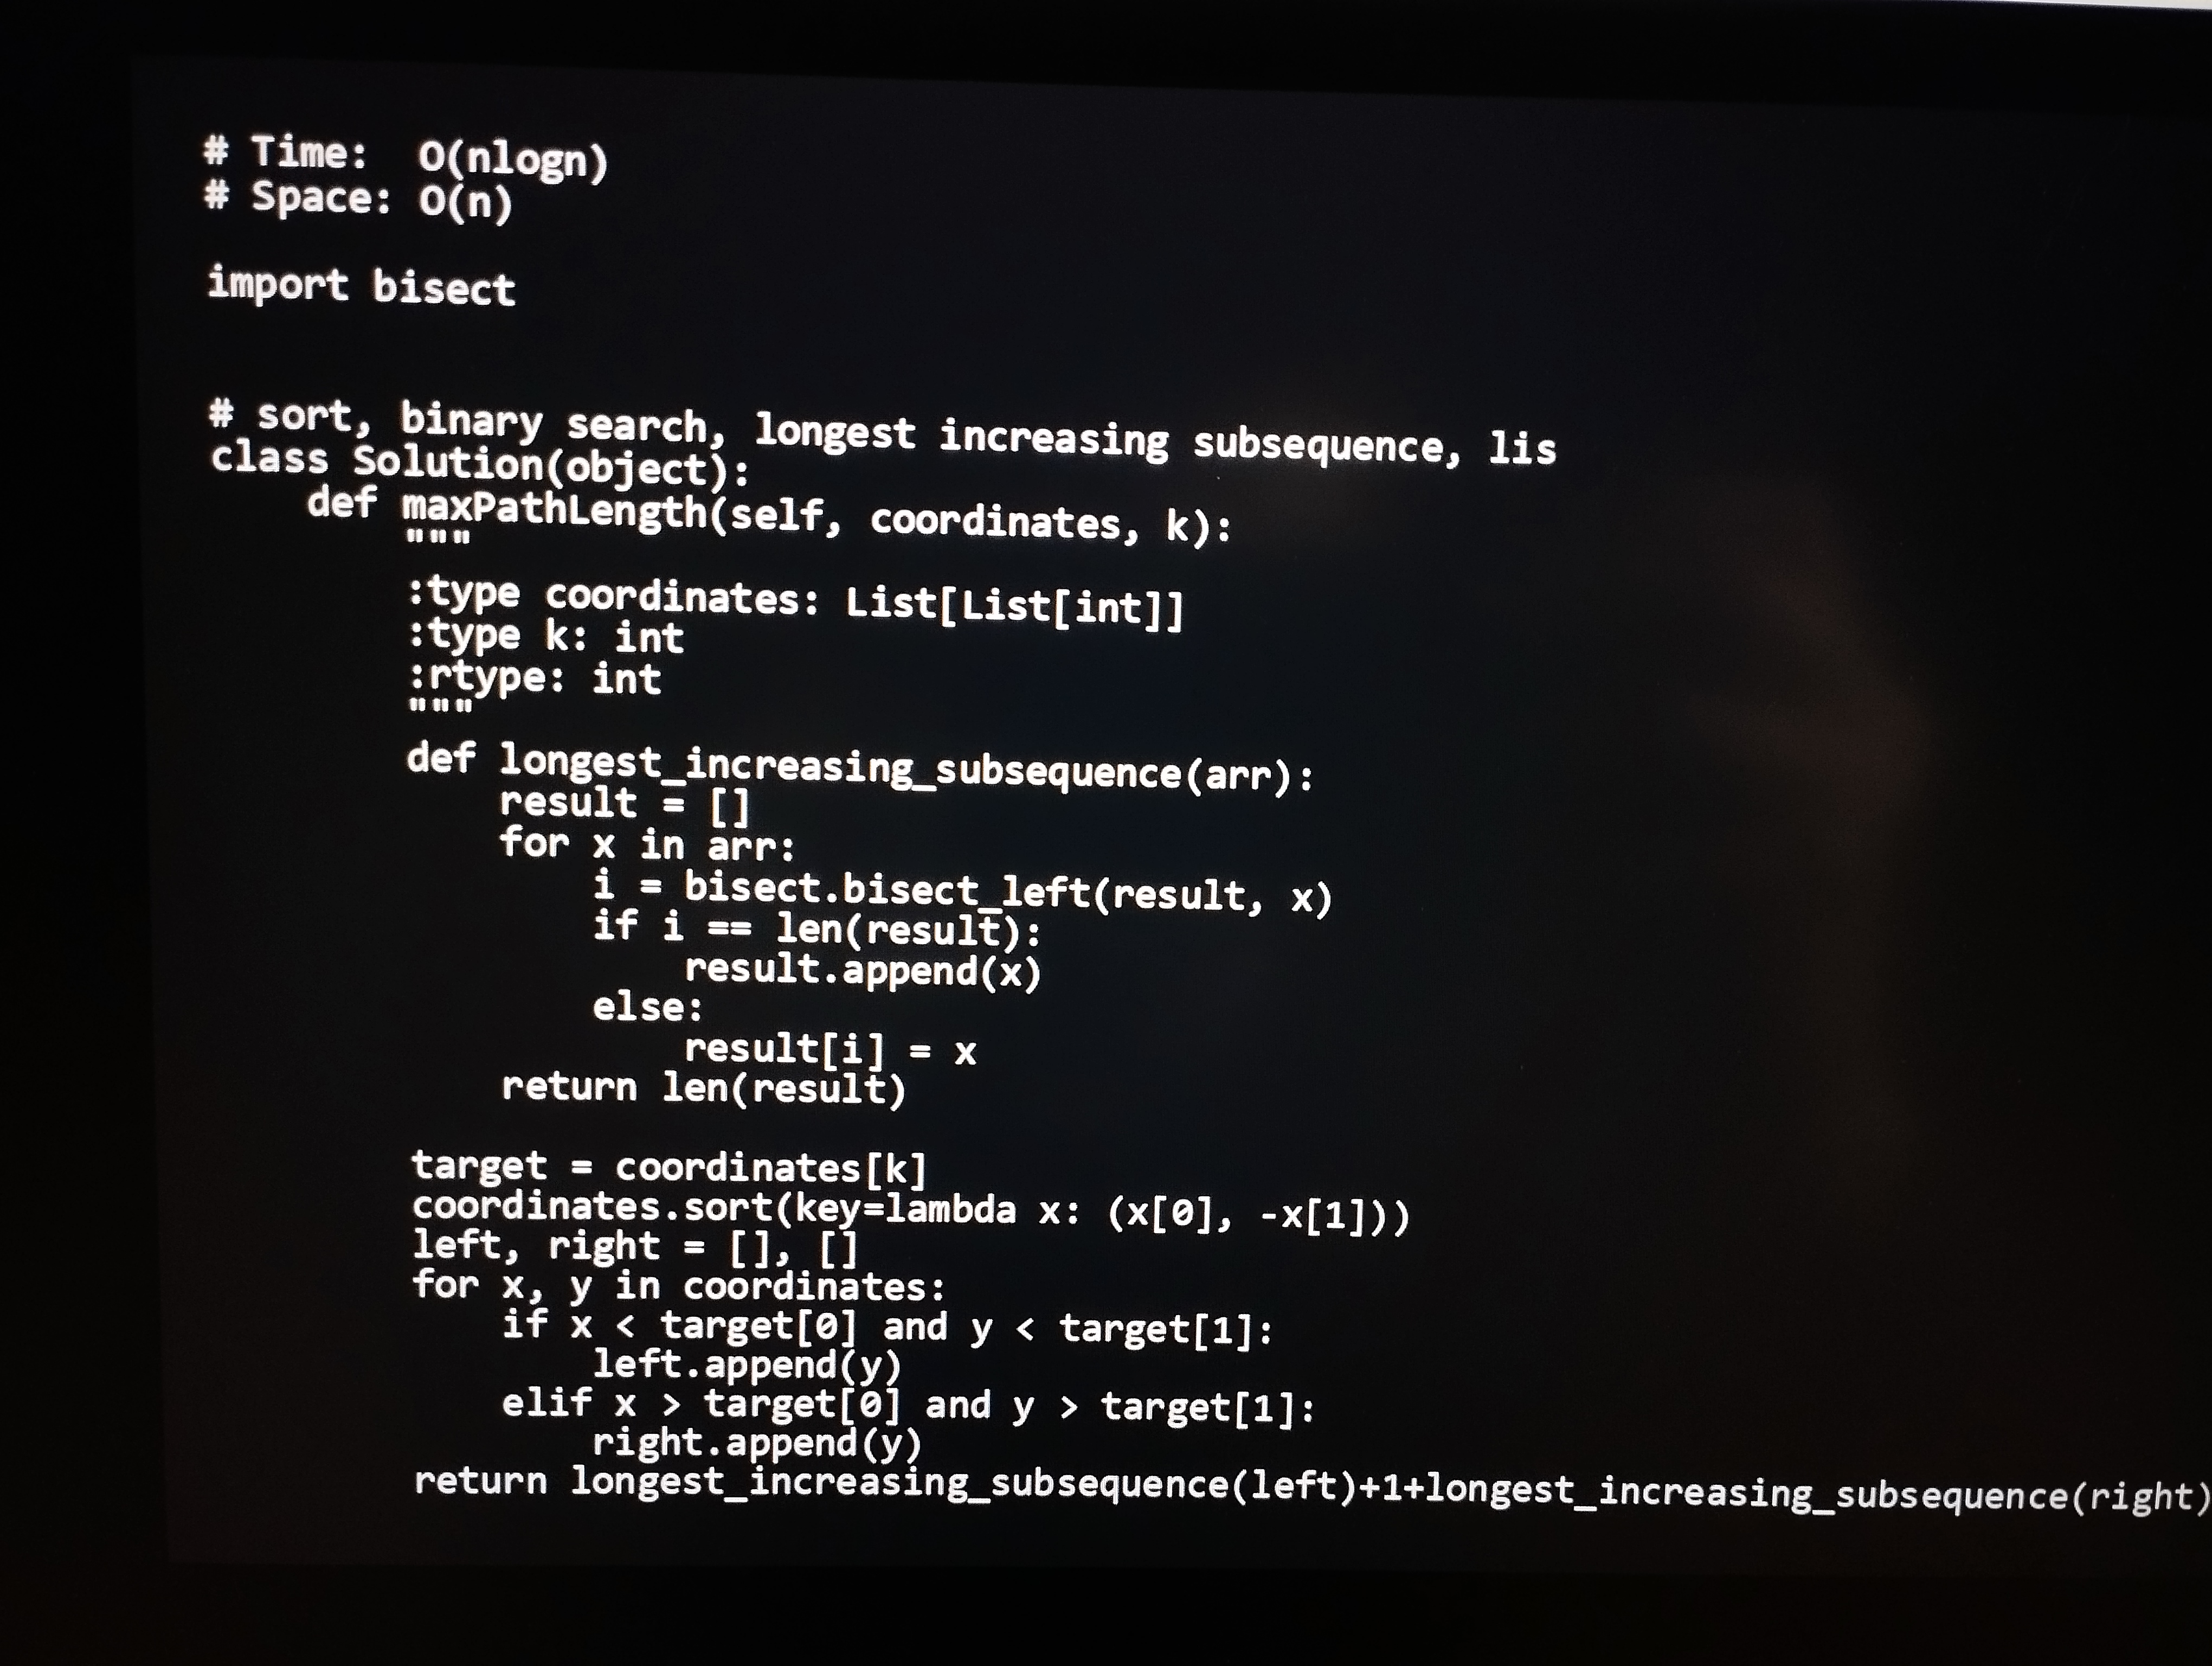
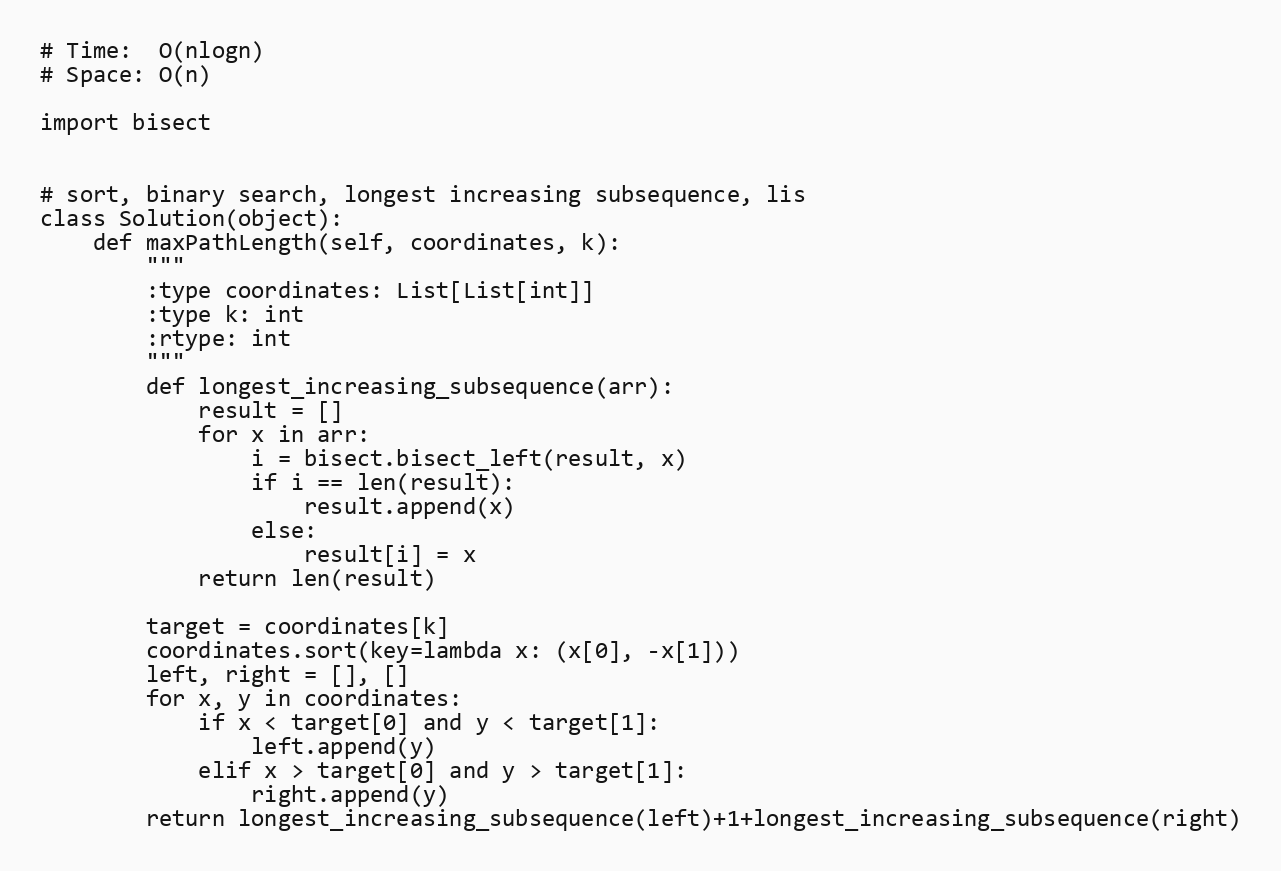
# Time:  O(nlogn)
# Space: O(n)

import bisect

# sort, binary search, longest increasing subsequence, lis
class Solution(object):
    def maxPathLength(self, coordinates, k):
        """
        :type coordinates: List[List[int]]
        :type k: int
        :rtype: int
        """
        def longest_increasing_subsequence(arr):
            result = []
            for x in arr:
                i = bisect.bisect_left(result, x)
                if i == len(result):
                    result.append(x)
                else:
                    result[i] = x
            return len(result)

        target = coordinates[k]
        coordinates.sort(key=lambda x: (x[0], -x[1]))
        left, right = [], []
        for x, y in coordinates:
            if x < target[0] and y < target[1]:
                left.append(y)
            elif x > target[0] and y > target[1]:
                right.append(y)
        return longest_increasing_subsequence(left)+1+longest_increasing_subsequence(right)